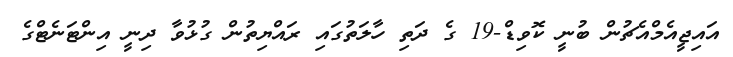
އައިޖީއެމްއެޗުން ބުނީ ކޮވިޑް-19 ގެ ދަތި ހާލަތުގައި ރައްޔިތުން ގުޅުވާ ދިނީ އިންޓަނެޓްގެ